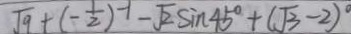
\sqrt { 9 } + ( - \frac { 1 } { 2 } ) ^ { - 1 } - \sqrt { 2 } \sin 4 5 ^ { \circ } + ( \sqrt { 3 } - 2 ) ^ { \circ }